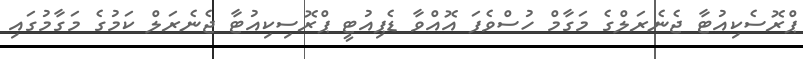
ޕްރޮސެކިއުޓާ ޖެނެރަލްގެ މަގާމް ހުސްވެފަ އޮއްވާ ޑެޕިއުޓީ ޕްރޮސިކިއުޓާ ޖެނެރަލް ކަމުގެ މަގާމުގައި